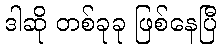
ဒါဆို တစ်ခုခု ဖြစ်နေပြီ